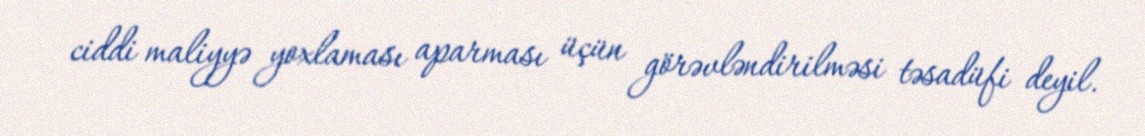
ciddi maliyyə yoxlaması aparması üçün görəvləndirilməsi təsadüfi deyil.